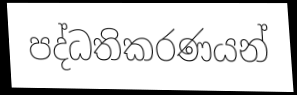
පද්ධතිකරණයන්